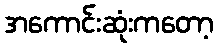
အကောင်းဆုံးကတော့